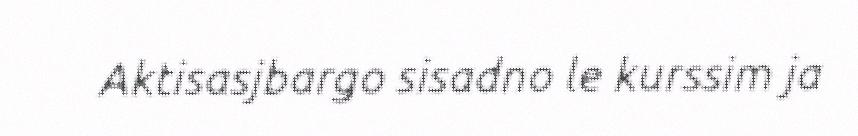
Aktisasjbargo sisadno le kurssim ja